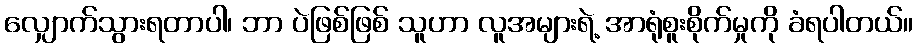
လျှောက်သွားရတာပါ၊ ဘာ ပဲဖြစ်ဖြစ် သူဟာ လူအများရဲ့ အာရုံစူးစိုက်မှုကို ခံရပါတယ်။